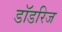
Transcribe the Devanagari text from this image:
डॉडरिज